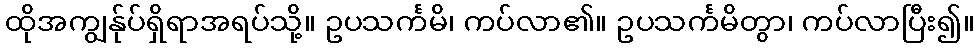
ထိုအကျွန်ုပ်ရှိရာအရပ်သို့။ ဥပသင်္ကမိ၊ ကပ်လာ၏။ ဥပသင်္ကမိတွာ၊ ကပ်လာပြီး၍။